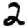
Digit: 2